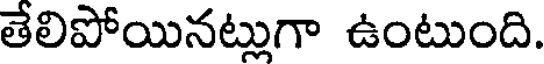
తేలిపోయినట్లుగా ఉంటుంది.